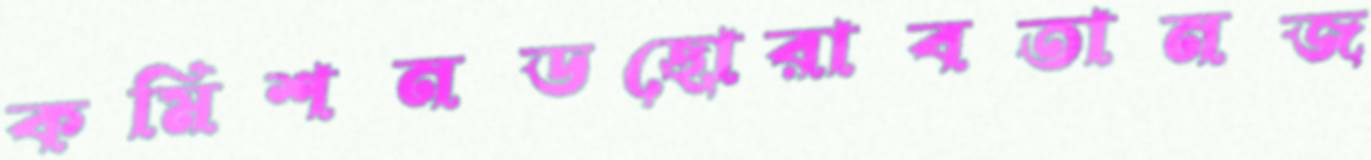
কমিশনডছোরাবতানজ